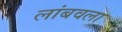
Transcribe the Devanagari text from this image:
लांबवला